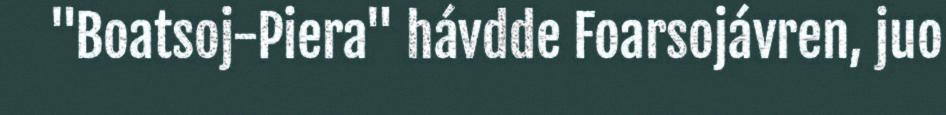
"Boatsoj-Piera" hávdde Foarsojávren, juo